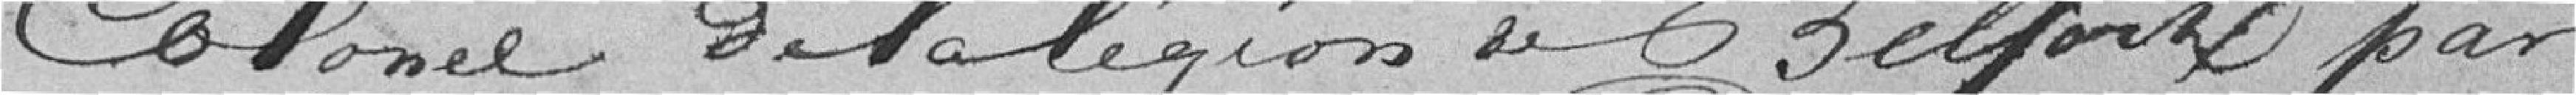
colonel de la légion de Belfort par